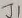
Text: J1